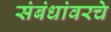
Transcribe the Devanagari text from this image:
संबंधांवरचे